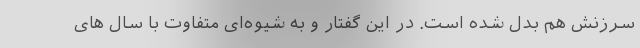
سرزنش هم بدل شده است. در این گفتار و به شیوه‌ای متفاوت با سال های